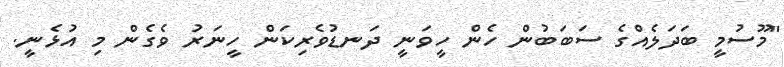
"މޫސުމީ ބަދަލެއްގެ ސަބަބުން ހެން ހީވަނީ ދަނޑުވެރިކަން ހީނަރު ވެގެން މި އުޅެނީ.